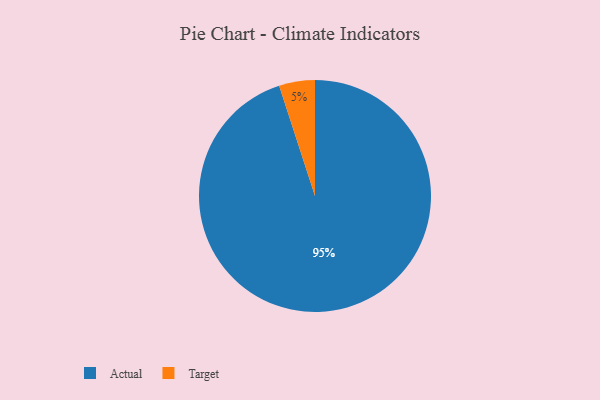
{"axis": {"x": "Category", "y": "Percentage"}, "legend": ["Actual", "Target"], "data": [{"x": "Target", "y": 5, "type": "Target"}, {"x": "Actual", "y": 95, "type": "Actual"}]}